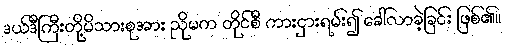
ဒယ်ဒီကြီးတို့မိသားစုအား ညိုမက တိုင်စီ ကားငှားရမ်း၍ ခေါ်လာခဲ့ခြင်း ဖြစ်၏။